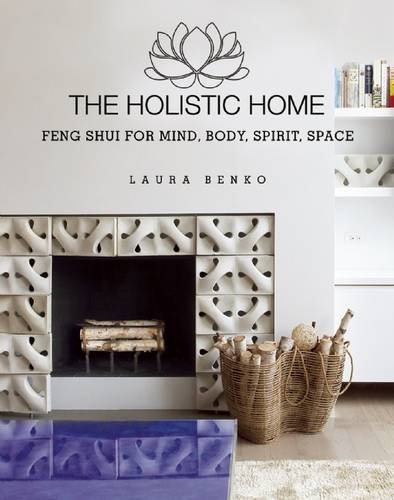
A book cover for The Holistic Home: Feng Shui for Mind, Body, Spirit, Space; Laura Benko; Religion & Spirituality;